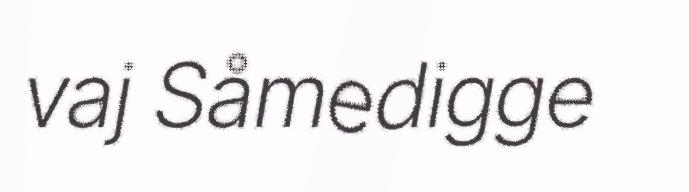
vaj Såmedigge